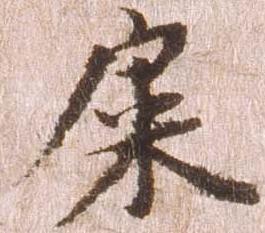
屎